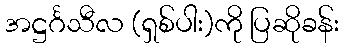
အဋ္ဌင်္ဂသီလ (ရှစ်ပါး)ကို ပြဆိုခန်း